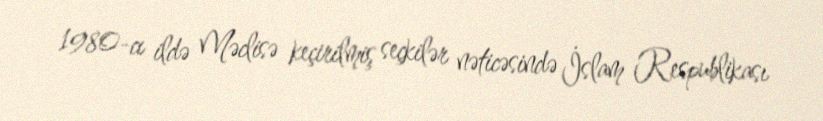
1980-cı ildə Məclisə keçirilmiş seçkilər nəticəsində İslam Respublikası